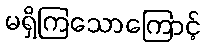
မရှိကြသောကြောင့်